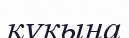
құкына